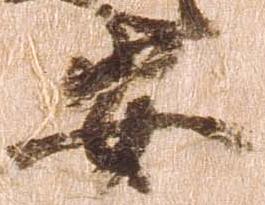
安